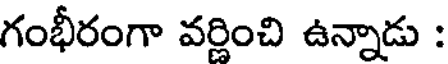
గంభీరంగా వర్ణించి ఉన్నాడు :